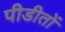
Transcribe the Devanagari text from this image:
पीडीतों